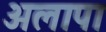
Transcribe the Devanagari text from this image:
अलापा